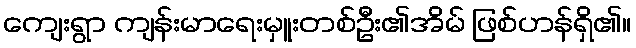
ကျေးရွာ ကျန်းမာရေးမှူးတစ်ဦး၏အိမ် ဖြစ်ဟန်ရှိ၏။